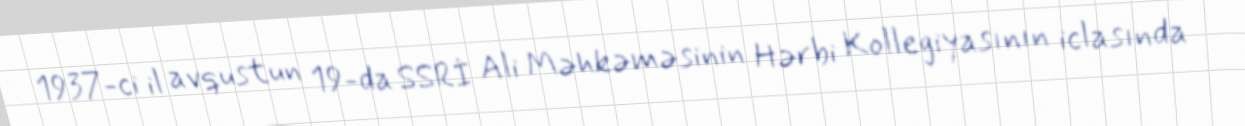
1937-ci il avqustun 19-da SSRİ Ali Məhkəməsinin Hərbi Kollegiyasının iclasında